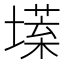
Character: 𡐽